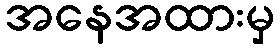
အနေအထားမှ